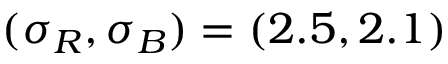
( \sigma _ { R } , \sigma _ { B } ) = ( 2 . 5 , 2 . 1 )